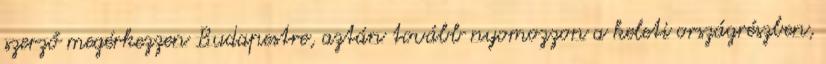
szerző megérkezzen Budapestre, aztán tovább nyomozzon a keleti országrészben,